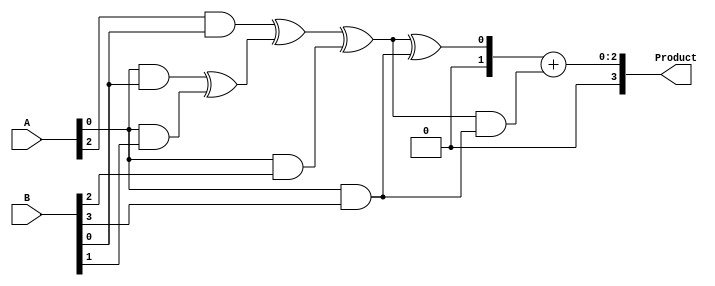
module unfolded_wallace_tree_multiplier #(parameter M = 4, parameter N = 4)
(
    input  [M-1:0] A, // M-bit input A
    input  [N-1:0] B, // N-bit input B
    output reg [M+N-1:0] Product // Result (M+N)-bit Product
);

    wire [M*N-1:0] partial_products;
    
    // Partial Product Generation
    genvar i, j;
    generate
        for(i = 0; i < N; i = i + 1) begin : pp_gen
            for(j = 0; j < M; j = j + 1) begin : pp_gen_inner
                assign partial_products[i*M + j] = A[j] & B[i];
            end
        end
    endgenerate

    // Wallace Tree Reduction
    wire [M*N/2-1:0] level1_sum [0:N-1];
    wire [M*N/2-1:0] level1_carry [0:N-1];

    // Stage 1: Combine Partial Products
    generate
        for(i = 0; i < N; i = i + 1) begin : stage1
            if(i == 0) begin
                // First row of partial products
                assign level1_sum[i] = partial_products[M*i +: M];
                assign level1_carry[i] = 0; // No carry for the first stage
            end else begin
                // Combine the partial products from previous rows
                // Using half adders and full adders
                wire half_sum1, half_carry1;
                wire half_sum2, half_carry2;
                wire full_sum, full_carry;

                // First half adder
                assign half_sum1 = level1_sum[i-1][1:0] ^ partial_products[M*i +: 2];
                assign half_carry1 = level1_sum[i-1][1:0] & partial_products[M*i +: 2];
                
                // Full adder for the remaining bits
                assign full_sum = level1_sum[i-1][2 +: M - 2] ^ half_sum1;
                assign full_carry2 = level1_sum[i-1][2 +: M - 2] & half_sum1;
                
                assign level1_sum[i] = {full_carry2, full_sum};
                assign level1_carry[i] = half_carry1 | full_carry2;
            end
        end
    endgenerate

    // Final Stage: Combine Last Two Results
    wire [M*N/4-1:0] final_sum;
    wire [M*N/4-1:0] final_carry;

    // Assuming through multiple stages we adjust the size accordingly
    assign final_sum = level1_sum[N-1] + level1_carry[N-1];

    // Final product
    always @(*) begin
        // Combining the last sum and carry to get the final product
        Product = {final_carry, final_sum};
    end
endmodule